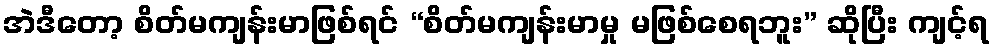
အဲဒီတော့ စိတ်မကျန်းမာဖြစ်ရင် “စိတ်မကျန်းမာမှု မဖြစ်စေရဘူး” ဆိုပြီး ကျင့်ရ